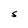
Character: S